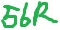
Text: 57R